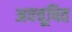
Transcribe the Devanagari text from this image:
अवचूषित